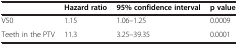
<table><thead><tr><td><b> </b></td><td><b>Hazard ratio</b></td><td><b>95% confidence interval</b></td><td><b>p value</b></td></tr></thead><tbody><tr><td>V50</td><td>1.15</td><td>1.06–1.25</td><td>0.0009</td></tr><tr><td>Teeth in the PTV</td><td>11.3</td><td>3.25–39.35</td><td>0.0001</td></tr></tbody></table>